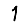
Digit: 1